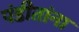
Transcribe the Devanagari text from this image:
पंडीतांना